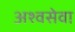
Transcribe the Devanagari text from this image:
अश्वसेवा